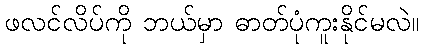
ဖလင်လိပ်ကို ဘယ်မှာ ဓာတ်ပုံကူးနိုင်မလဲ။